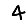
Digit: 4